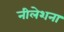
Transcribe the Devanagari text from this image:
नीलेशना